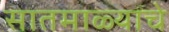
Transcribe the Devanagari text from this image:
सातमाळ्याचे